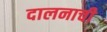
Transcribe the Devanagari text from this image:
दालनाची